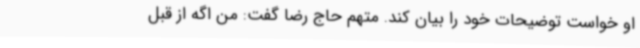
او خواست توضیحات خود را بیان کند. متهم حاج رضا گفت: من اگه از قبل